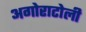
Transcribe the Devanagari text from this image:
अगोराटोली